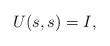
LaTeX: \begin{align*} U(s,s) = I, \end{align*}